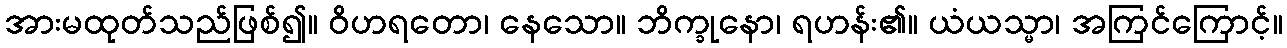
အားမထုတ်သည်ဖြစ်၍။ ဝိဟရတော၊ နေသော။ ဘိက္ခုနော၊ ရဟန်း၏။ ယံယသ္မာ၊ အကြင်ကြောင့်။